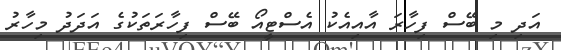
އަދި މި ބޭސް ފިހާރަ އާއިއެކު އެސްޓީއޯ ބޭސް ފިހާރަތަކުގެ އަދަދު މިހާރު